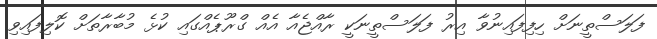
ފަލަސްތީނަށް ހިފިފައިނުވާ އިރު ފަލަސްތީނަކީ ރާއްޖެއާ އެއް ގްރޫޕެއްގައި ކުޅެ މުބާރާތަށް ކޮލިފައިވި